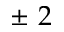
\pm \nobreakspace 2 \nobreakspace